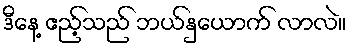
ဒီနေ့ ဧည့်သည် ဘယ်နှယောက် လာလဲ။